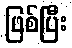
ဖြစ်ပြီး